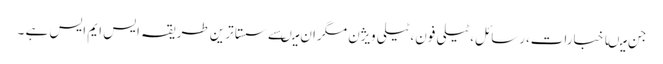
جن میںاخبارات،رسائل،ٹیلی فون،ٹیلی ویژن مگران میںسے سستا ترین طریقہ ایس ایم ایس ہے ۔